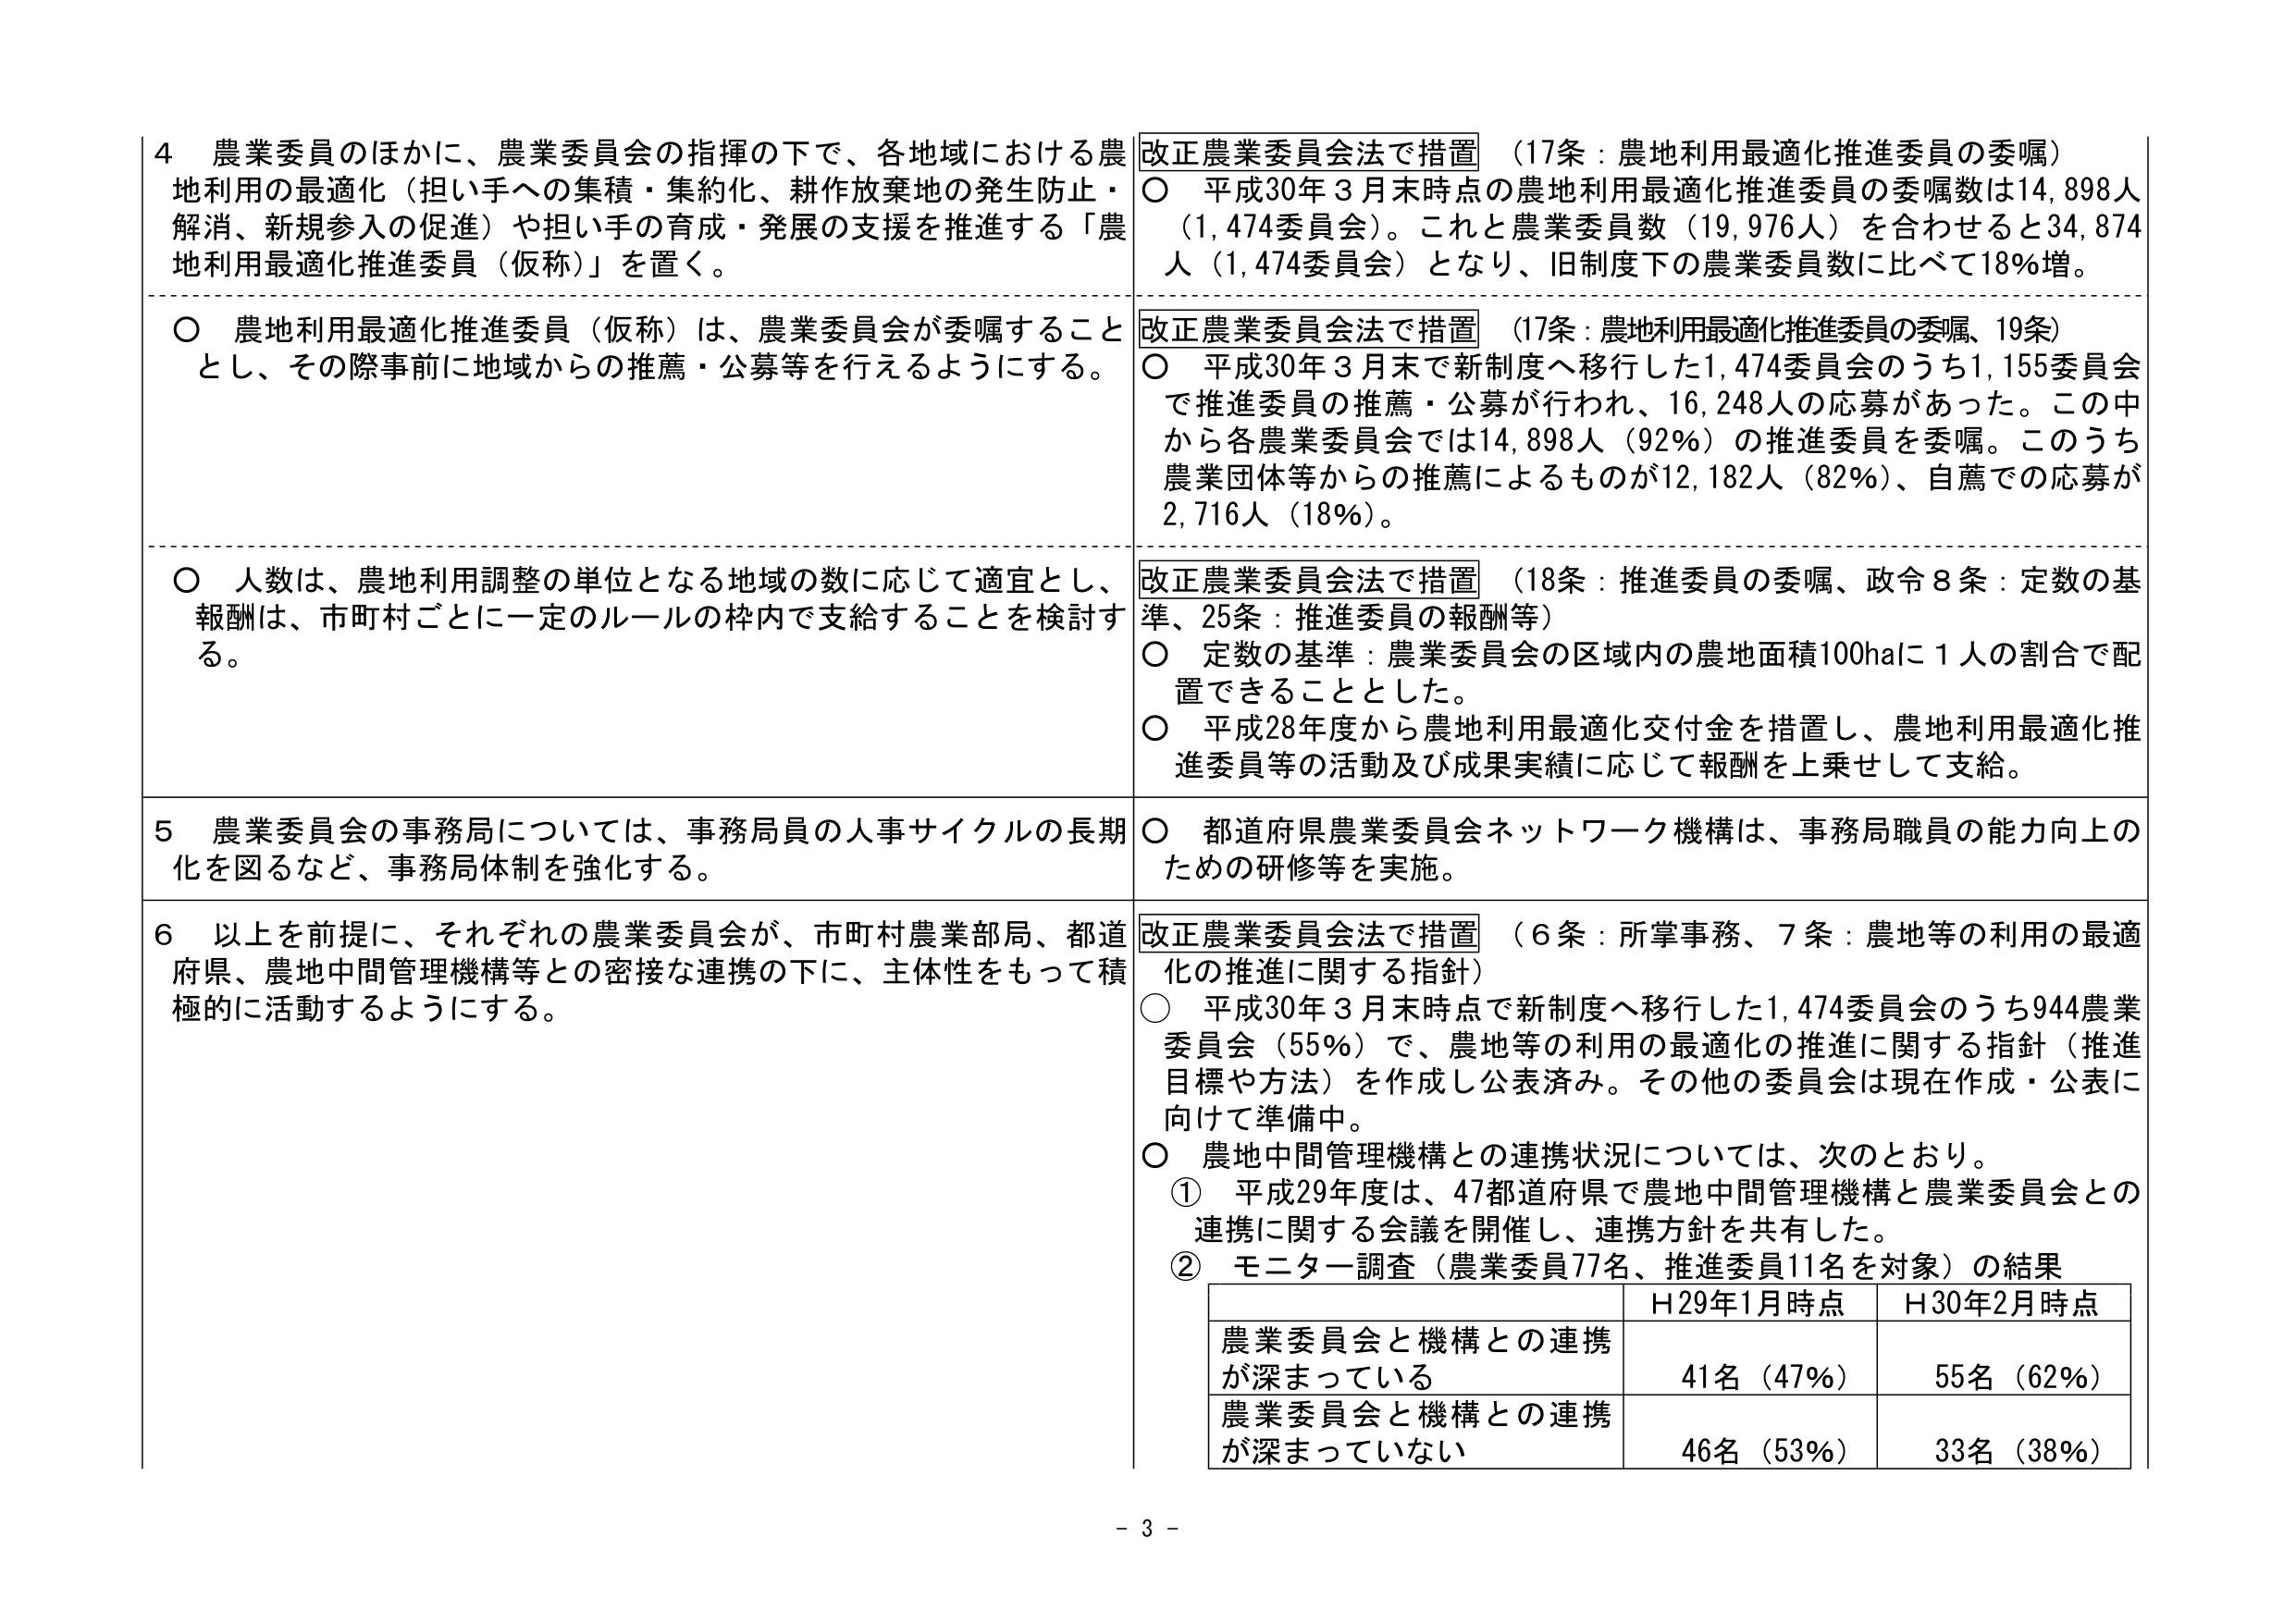
4 農業委員のほかに、農業委員会の指揮の下で、各地域における農地利用の最適化（担い手への集積・集約化、耕作放棄地の発生防止・解消、新規参入の促進）や担い手の育成・発展の支援を推進する「農地利用最適化推進委員（仮称）」を置く。

○ 農地利用最適化推進委員（仮称）は、農業委員会が委嘱することとし、その際事前に地域からの推薦・公募等を行えるようにする。

○ 人数は、農地利用調整の単位となる地域の数に応じて適宜とし、報酬は、市町村ごとに一定のルールの枠内で支給することを検討する。

5 農業委員会の事務局については、事務局員の人事サイクルの長期化を図るなど、事務局体制を強化する。

6 以上を前提に、それぞれの農業委員会が、市町村農業部局、都道府県、農地中間管理機構等との密接な連携の下に、主体性をもって積極的に活動するようにする。

改正農業委員会法で措置 （17条：農地利用最適化推進委員の委嘱）
○ 平成30年3月末時点の農地利用最適化推進委員の委嘱数は14,898人（1,474委員会）。これと農業委員数（19,976人）を合わせると34,874人（1,474委員会）となり、旧制度下の農業委員数に比べて18％増。

改正農業委員会法で措置 （17条：農地利用最適化推進委員の委嘱、19条）
○ 平成30年3月末で新制度へ移行した1,474委員会のうち1,155委員会で推進委員の推薦・公募が行われ、16,248人の応募があった。この中から各農業委員会では14,898人（92％）の推進委員を委嘱。このうち農業団体等からの推薦によるものが12,182人（82％）、自薦での応募が2,716人（18％）。

改正農業委員会法で措置 （18条：推進委員の委嘱、政令8条：定数の基準、25条：推進委員の報酬等）
○ 定数の基準：農業委員会の区域内の農地面積100haに1人の割合で配置できることとした。
○ 平成28年度から農地利用最適化交付金を措置し、農地利用最適化推進委員等の活動及び成果実績に応じて報酬を上乗せして支給。

○ 都道府県農業委員会ネットワーク機構は、事務局職員の能力向上のための研修等を実施。

改正農業委員会法で措置 （6条：所掌事務、7条：農地等の利用の最適化の推進に関する指針）
○ 平成30年3月末時点で新制度へ移行した1,474委員会のうち944農業委員会（55％）で、農地等の利用の最適化の推進に関する指針（推進目標や方法）を作成し公表済み。その他の委員会は現在作成・公表に向けて準備中。
○ 農地中間管理機構との連携状況については、次のとおり。
① 平成29年度は、47都道府県で農地中間管理機構と農業委員会との連携に関する会議を開催し、連携方針を共有した。
② モニター調査（農業委員77名、推進委員11名を対象）の結果

| | H29年1月時点 | H30年2月時点 |
|---|---|---|
| 農業委員会と機構との連携が深まっている | 41名（47％） | 55名（62％） |
| 農業委員会と機構との連携が深まっていない | 46名（53％） | 33名（38％） |

- 3 -